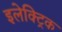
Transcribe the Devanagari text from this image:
इलेक्‍ट्रिक